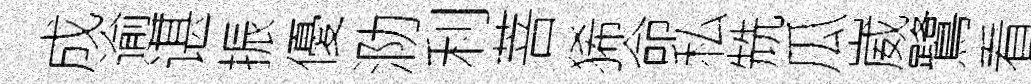
成逾谌振優泐利菩狶命私兟瓜崴鷺看